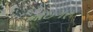
નાઇગર